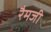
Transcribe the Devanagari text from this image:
रैमजी